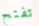
تفتح